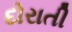
દોરાતી